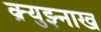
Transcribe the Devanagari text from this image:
क्र्युझ्नाख